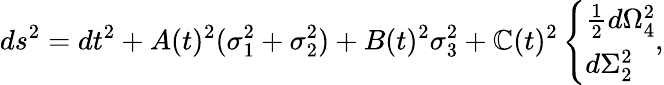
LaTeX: ds^{2}=dt^{2}+A(t)^{2}(\sigma_{1}^{2}+\sigma_{2}^{2})+B(t)^{2}\sigma_{3}^{2}+\mathbb{C}(t)^{2}\left\{ \begin{array}{l}{{{\frac{1}{2}}d\Omega_{4}^{2}}}\\ {{d\Sigma_{2}^{2}}}\end{array}\right.,